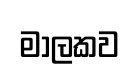
මාලකව